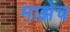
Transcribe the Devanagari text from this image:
माझेच